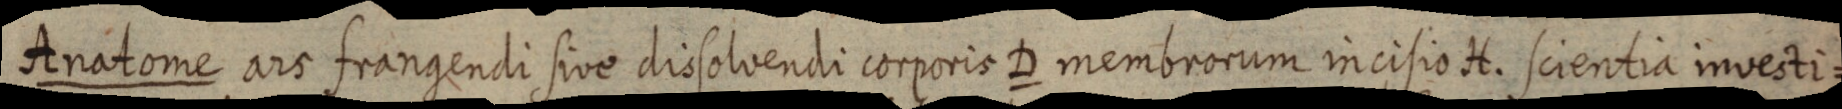
Anatome ars frangendi sive dissolvendii corporis D membrorum incisio H. scientia investi